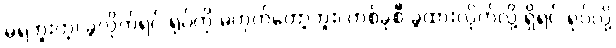
မရဘူးတဲ့၊ ခွဲလိုက်ရင် ရုပ်ကို မဟုတ်တော့ဘူး၊ တစ်ခုစီ ခွဲထားလိုက်လို့ ရှိရင် ရုပ်လို့